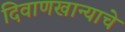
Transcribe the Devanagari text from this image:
दिवाणखान्याचे